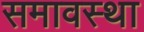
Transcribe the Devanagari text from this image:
समावस्था